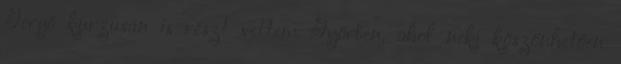
Gergő kurzusán is részt vettem Győrben, ahol neki köszönhetően